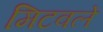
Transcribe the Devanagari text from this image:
मिटवले